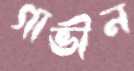
গাভীন